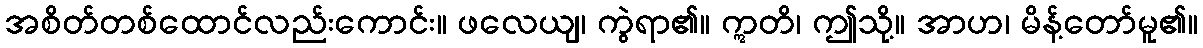
အစိတ်တစ်ထောင်လည်းကောင်း။ ဖလေယျ၊ ကွဲရာ၏။ ဣတိ၊ ဤသို့။ အာဟ၊ မိန့်တော်မူ၏။